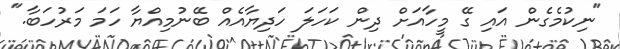
"ނިކުމެގެން އައި ގޭ މީހާއަށް ދިން ކަހަލަ ހަދިޔާއެއް ބޭނުމިއްޔާ ހަމަ މަރުހަބާ."